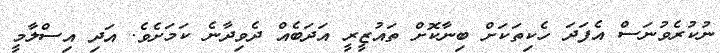
ނުކުރެވުނަސް އެފަދަ ހެކިތަކަށް ބިނާކޮށް ތަައުޒީރީ އަދަބެއް ދެވިދާނެ ކަމަށެވެ. އަދި އިސްލާމީ